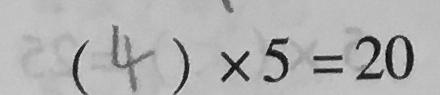
( 4 ) \times 5 = 2 0